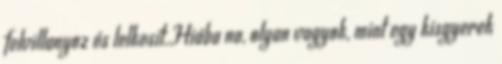
felvillanyoz és lelkesít.Hiába na, olyan vagyok, mint egy kisgyerek